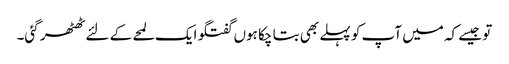
تو جیسے کہ میں آپ کو پہلے بھی بتا چکا ہوں گفتگو ایک لمحے کے لئے ٹھٹھر گئی۔